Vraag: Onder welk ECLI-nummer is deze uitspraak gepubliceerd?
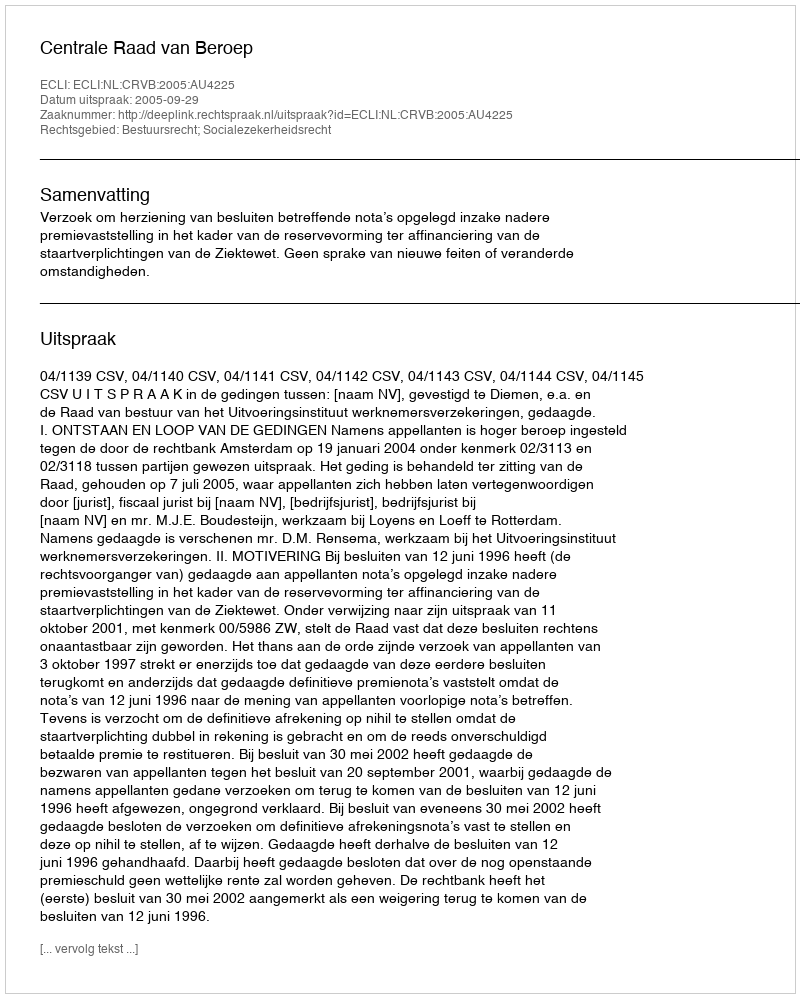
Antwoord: ECLI:NL:CRVB:2005:AU4225